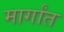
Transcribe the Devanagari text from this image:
मार्गांत